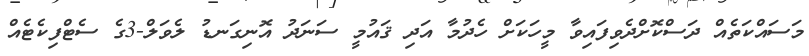
މަސައްކަތެއް ދަސްކޮށްދެވިފައިވާ މީހަކަށް ހެދުމާ އަދި ޤައުމީ ސަނަދު އޮނިގަނޑު ލެވަލް-3ގެ ސެޓްފިކެޓެއް